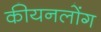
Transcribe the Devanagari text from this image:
कीयनलोंग